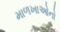
માળખાઓનો